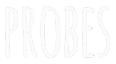
PROBES